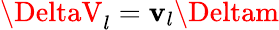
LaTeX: \DeltaV_{l}=\mathbf{v}_{l}\Deltam